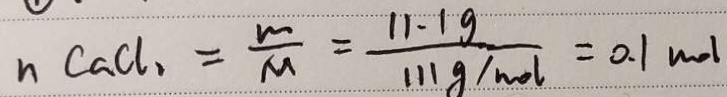
n C a C l _ { 2 } = \frac { m } { M } = \frac { 1 1 . 1 g } { 1 1 1 g / m o l } = 0 . 1 m o l